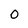
Character: 0